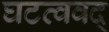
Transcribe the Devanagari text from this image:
घटत्ववद्